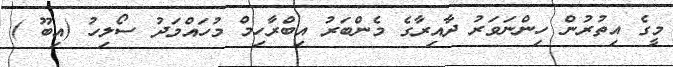
މީގެ އިތުރުން ހިންނަވަރު ދާއިރާގެ މެންބަރު އިބްރާހިމް މުހައްމަދު ސޯލިހު (އިބޫ )